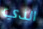
الذي